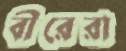
বীরেরা